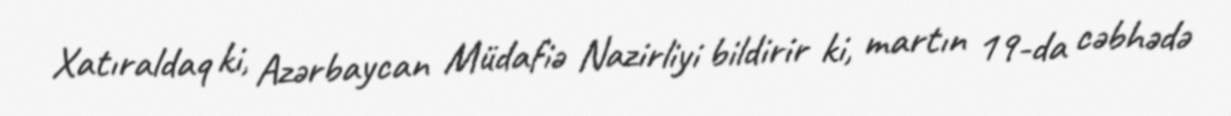
Xatıraldaq ki, Azərbaycan Müdafiə Nazirliyi bildirir ki, martın 19-da cəbhədə